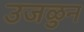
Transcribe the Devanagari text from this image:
उजळुन